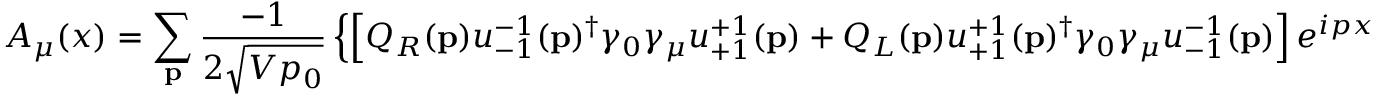
A _ { \mu } ( x ) = \sum _ { \mathbf { p } } { \frac { - 1 } { 2 { \sqrt { V p _ { 0 } } } } } \left\{ \left[ Q _ { R } ( \mathbf { p } ) u _ { - 1 } ^ { - 1 } ( \mathbf { p } ) ^ { \dagger } \gamma _ { 0 } \gamma _ { \mu } u _ { + 1 } ^ { + 1 } ( \mathbf { p } ) + Q _ { L } ( \mathbf { p } ) u _ { + 1 } ^ { + 1 } ( \mathbf { p } ) ^ { \dagger } \gamma _ { 0 } \gamma _ { \mu } u _ { - 1 } ^ { - 1 } ( \mathbf { p } ) \right] e ^ { i p x } \right.